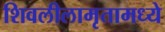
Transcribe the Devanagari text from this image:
शिवलीलामृतामध्ये